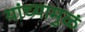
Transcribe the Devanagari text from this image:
यांच्यामुळं